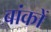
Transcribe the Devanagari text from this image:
बांकों